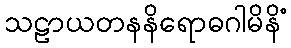
သဠာယတနနိရောဓဂါမိနိံ